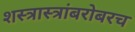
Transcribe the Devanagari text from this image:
शस्त्रास्त्रांबरोबरच